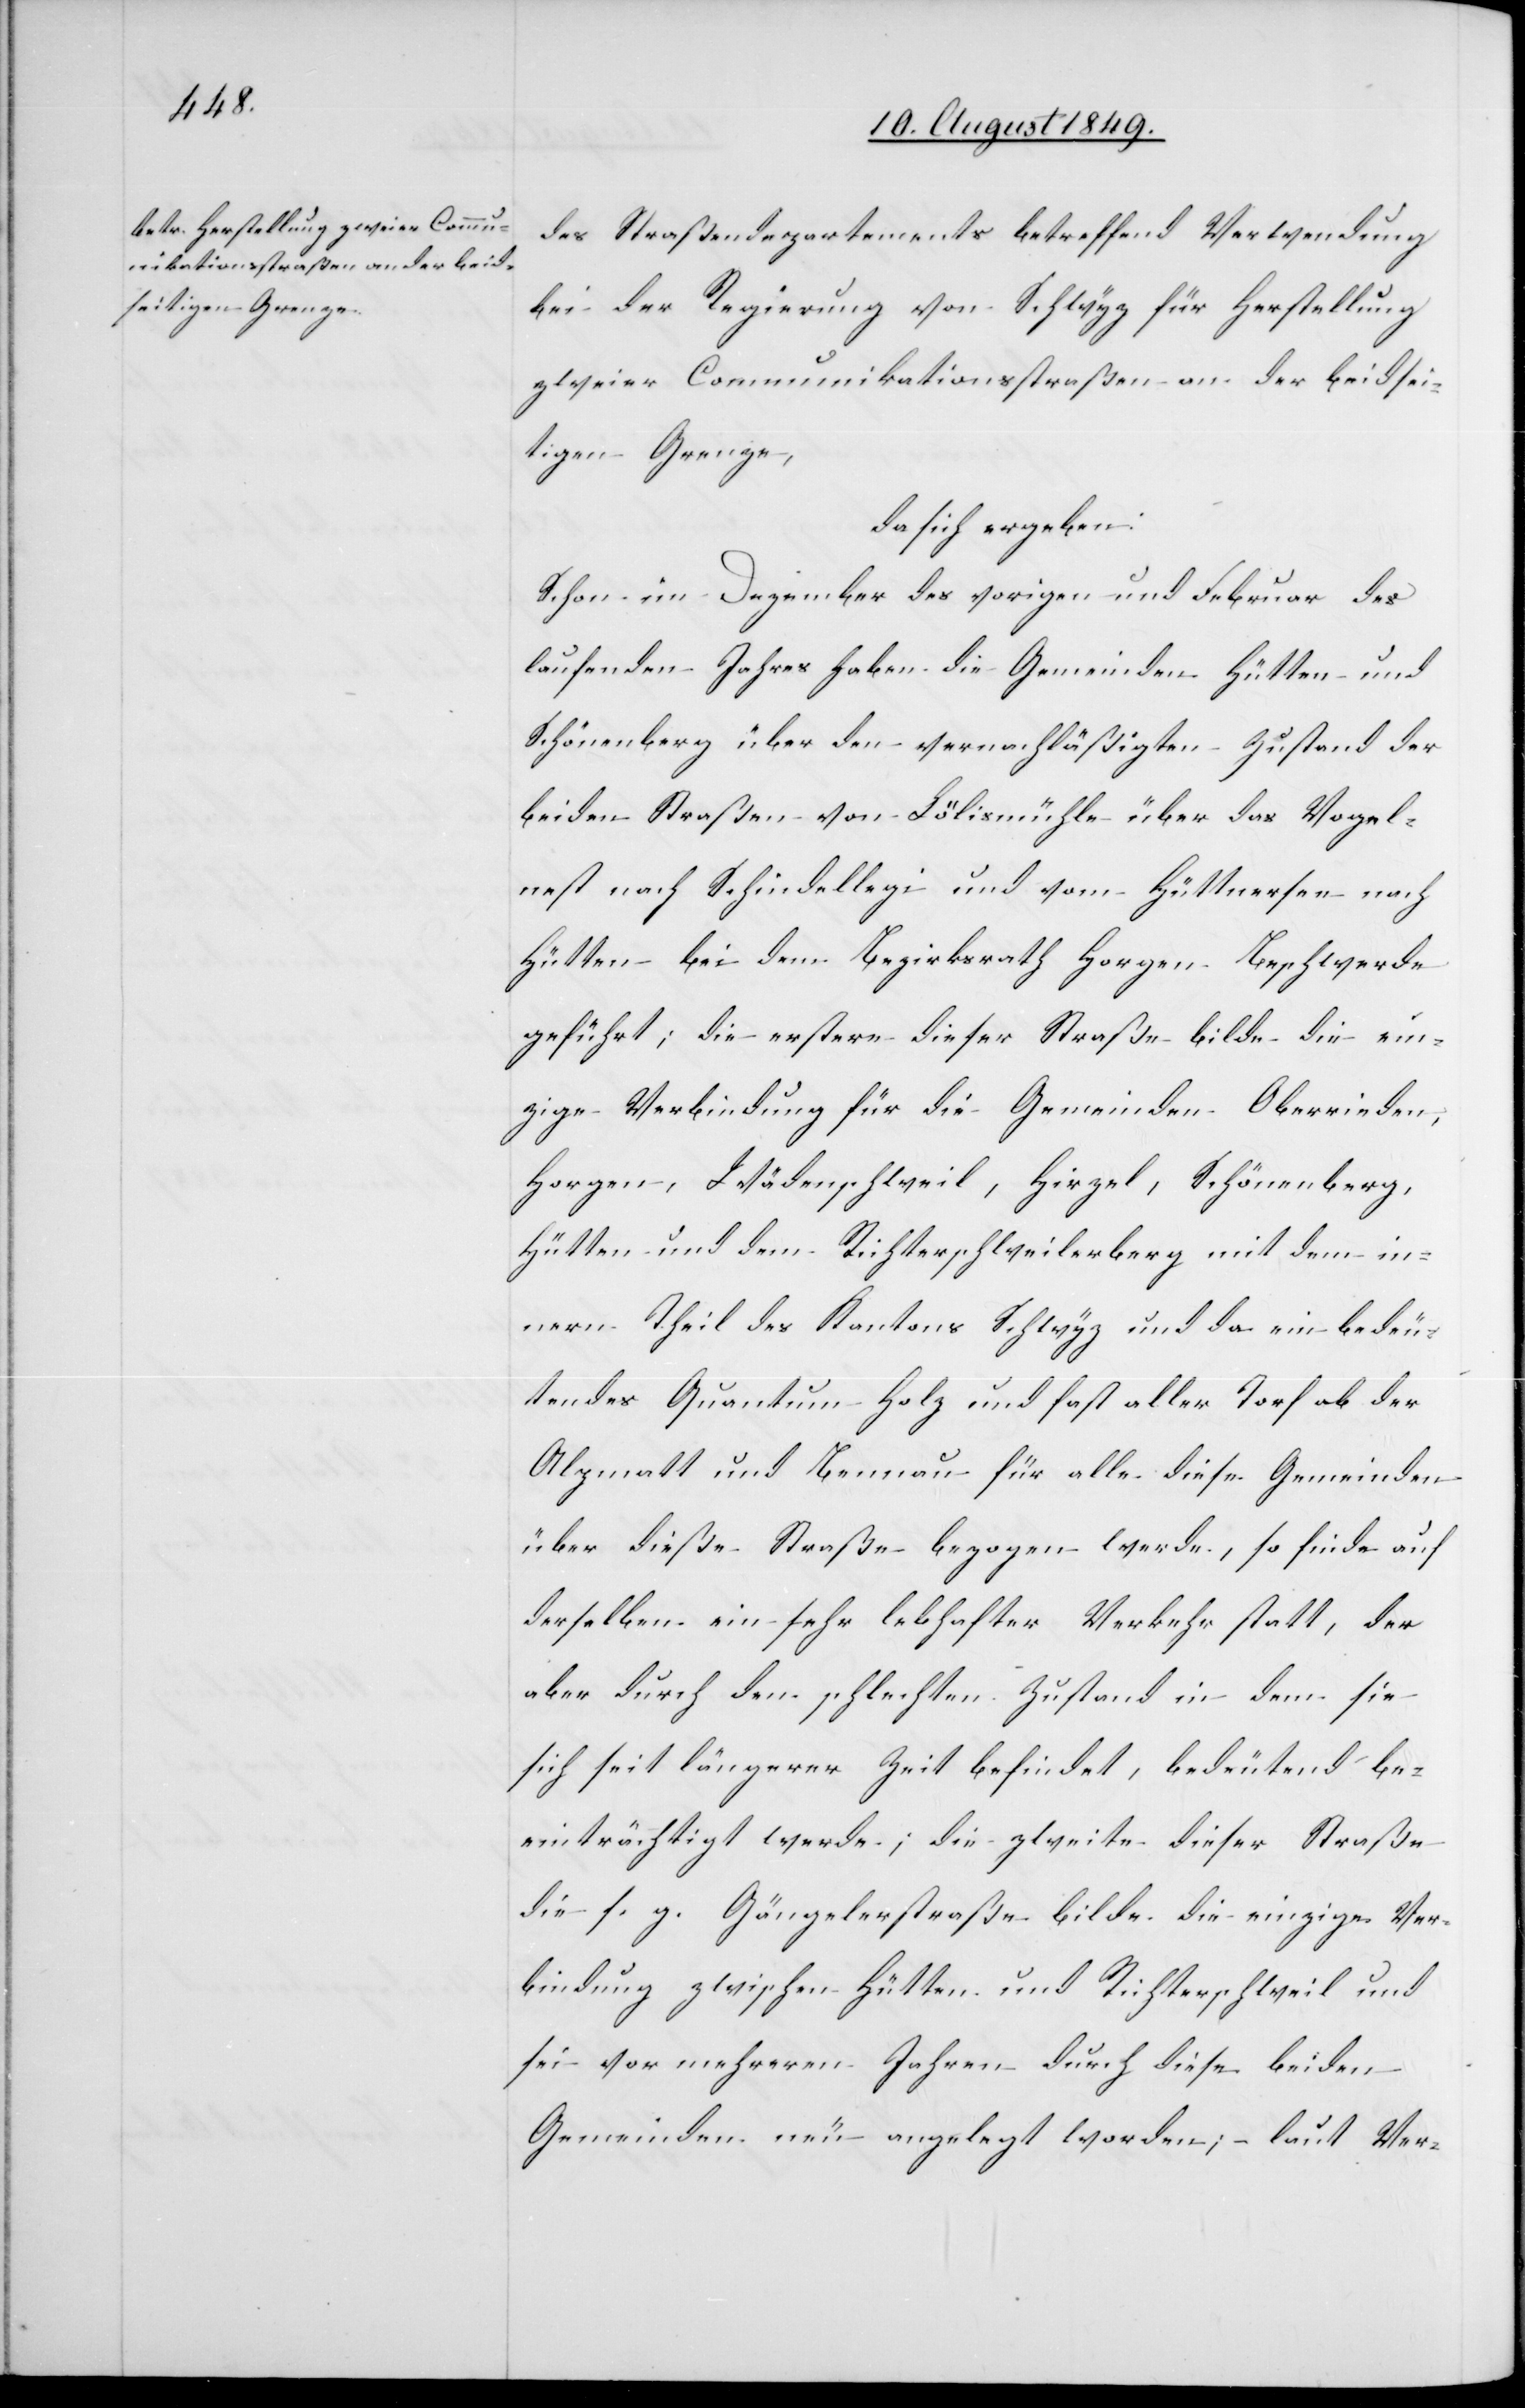
des Straßendepartements betreffend Verwendung
bei der Regierung von Schwyz für Herstellung
zweier Communikationsstraßen an der beidsei¬
tigen Grenze,
da sich ergeben:
Schon im Dezember des vorigen und Februar des
laufenden Jahres haben die Gemeinden Hütten und
Schönenberg über den vernachläßigten Zustand der
beiden Straßen von Lölismühle über das Vogel¬
rest nach Schindellegi und vom Hüttnersee nach
Hüttten bei dem Bezirksrath Horgen Beschwerde
geführt; die erstere dieser Straße bilde die ein¬
zige Verbindung für die Gemeinden Oberrieden,
Horgen, Wädenschweil, Hirzel, Schönenberg,
Hütten und dem Richterschweilerberg mit dem in¬
nern Theil des Kantons Schwyz und da ein bedeu¬
tendes Quantum Holz und fast aller Torf ob der
Alzmatt und Bennau für alle diese Gemeinden
über dieße [sic!] Straße bezogen werde, so finde auf
derselben ein sehr lebhafter Verkehr statt, der
aber durch den schlechten Zustand in dem sie
sich seit längerer Zeit befindet, bedeutend be¬
einträchtigt werde, die zweite dieser Straße
die s. z. Gängelerstraße bilde die einzige Ver¬
bindung zwischen Hütten und Richterschweil und
sei vor mehreren Jahren durch diese beiden
Gemeinden neu angelegt worden; laut Ver-